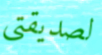
لصديقتي